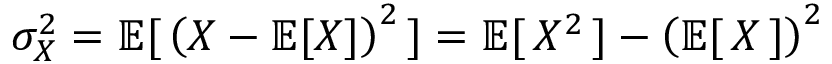
\sigma _ { X } ^ { 2 } = \operatorname { \mathbb { E } } [ \, \left( X - \operatorname { \mathbb { E } } [ X ] \right) ^ { 2 } \, ] = \operatorname { \mathbb { E } } [ \, X ^ { 2 } \, ] - \left( \operatorname { \mathbb { E } } [ \, X \, ] \right) ^ { 2 }